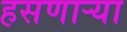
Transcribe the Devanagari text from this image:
हसणाऱ्या